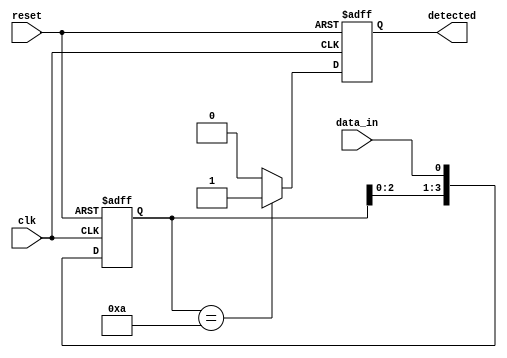
module SimpleFlipFlopDetector(
    input wire clk,          // Clock signal
    input wire reset,        // Reset signal
    input wire data_in,      // Input data stream
    output reg detected      // Output signal indicating detection
);

// Parameters
parameter PATTERN_LENGTH = 4; // Length of the pattern to detect
parameter PATTERN = 4'b1010;   // Pattern to detect (example: 1010)

// Flip-Flops to store the state of the input data
reg [PATTERN_LENGTH-1:0] ff_state;

// Next state logic for pattern detection
always @(posedge clk or posedge reset) begin
    if (reset) begin
        ff_state <= 0;       // Clear state on reset
        detected <= 0;       // Clear detection signal
    end else begin
        // Shift the flip-flops to the right and capture new data
        ff_state <= {ff_state[PATTERN_LENGTH-2:0], data_in};

        // Pattern detection logic
        if (ff_state == PATTERN) begin
            detected <= 1;     // Pattern has been detected
        end else begin
            detected <= 0;     // No pattern detected
        end
    end
end

endmodule